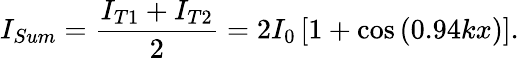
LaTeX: I_{Sum}=\frac{I_{T1}+I_{T2}}{2}=2I_{0}\left[1+\cos\left(0.94kx\right)\right].